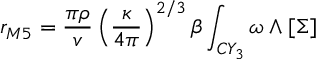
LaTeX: r _ { M 5 } = \frac { \pi \rho } { v } \left( \frac { \kappa } { 4 \pi } \right) ^ { 2 / 3 } \beta \int _ { C Y _ { 3 } } \omega \wedge [ \Sigma ]